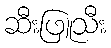
ဆီးဖြူသီး